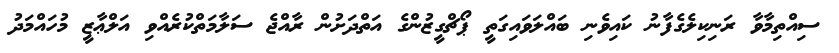
ސިއްތިމާވާ ރަނިކިލެގެފާނު ކައިވެނި ބައްލަވައިގަތީ ޕޯޗްގީޒުންގެ އަތްދަށުން ރާއްޖެ ސަލާމަތްކުރެއްވި އަލްޢާޒީ މުހައްމަދު